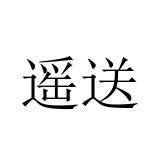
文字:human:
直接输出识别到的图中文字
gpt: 遥送